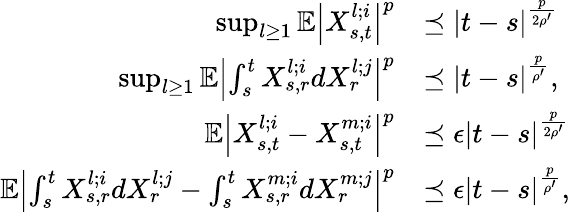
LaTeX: \begin{array}{rl}{\operatorname*{sup}_{l\geq 1}\mathbb{E}\left|X_{s,t}^{l;i}\right|^{p}}&{\preceq\left|t-s\right|^{\frac{p}{2\rho^{\prime}}}}\\ {\operatorname*{sup}_{l\geq 1}\mathbb{E}\left|\int_{s}^{t}X_{s,r}^{l;i}dX_{r}^{l;j}\right|^{p}}&{\preceq\left|t-s\right|^{\frac{p}{\rho^{\prime}}},}\\ {\mathbb{E}\left|X_{s,t}^{l;i}-X_{s,t}^{m;i}\right|^{p}}&{\preceq\epsilon\left|t-s\right|^{\frac{p}{2\rho^{\prime}}}}\\ {\mathbb{E}\left|\int_{s}^{t}X_{s,r}^{l;i}dX_{r}^{l;j}-\int_{s}^{t}X_{s,r}^{m;i}dX_{r}^{m;j}\right|^{p}}&{\preceq\epsilon\left|t-s\right|^{\frac{p}{\rho^{\prime}}},}\end{array}